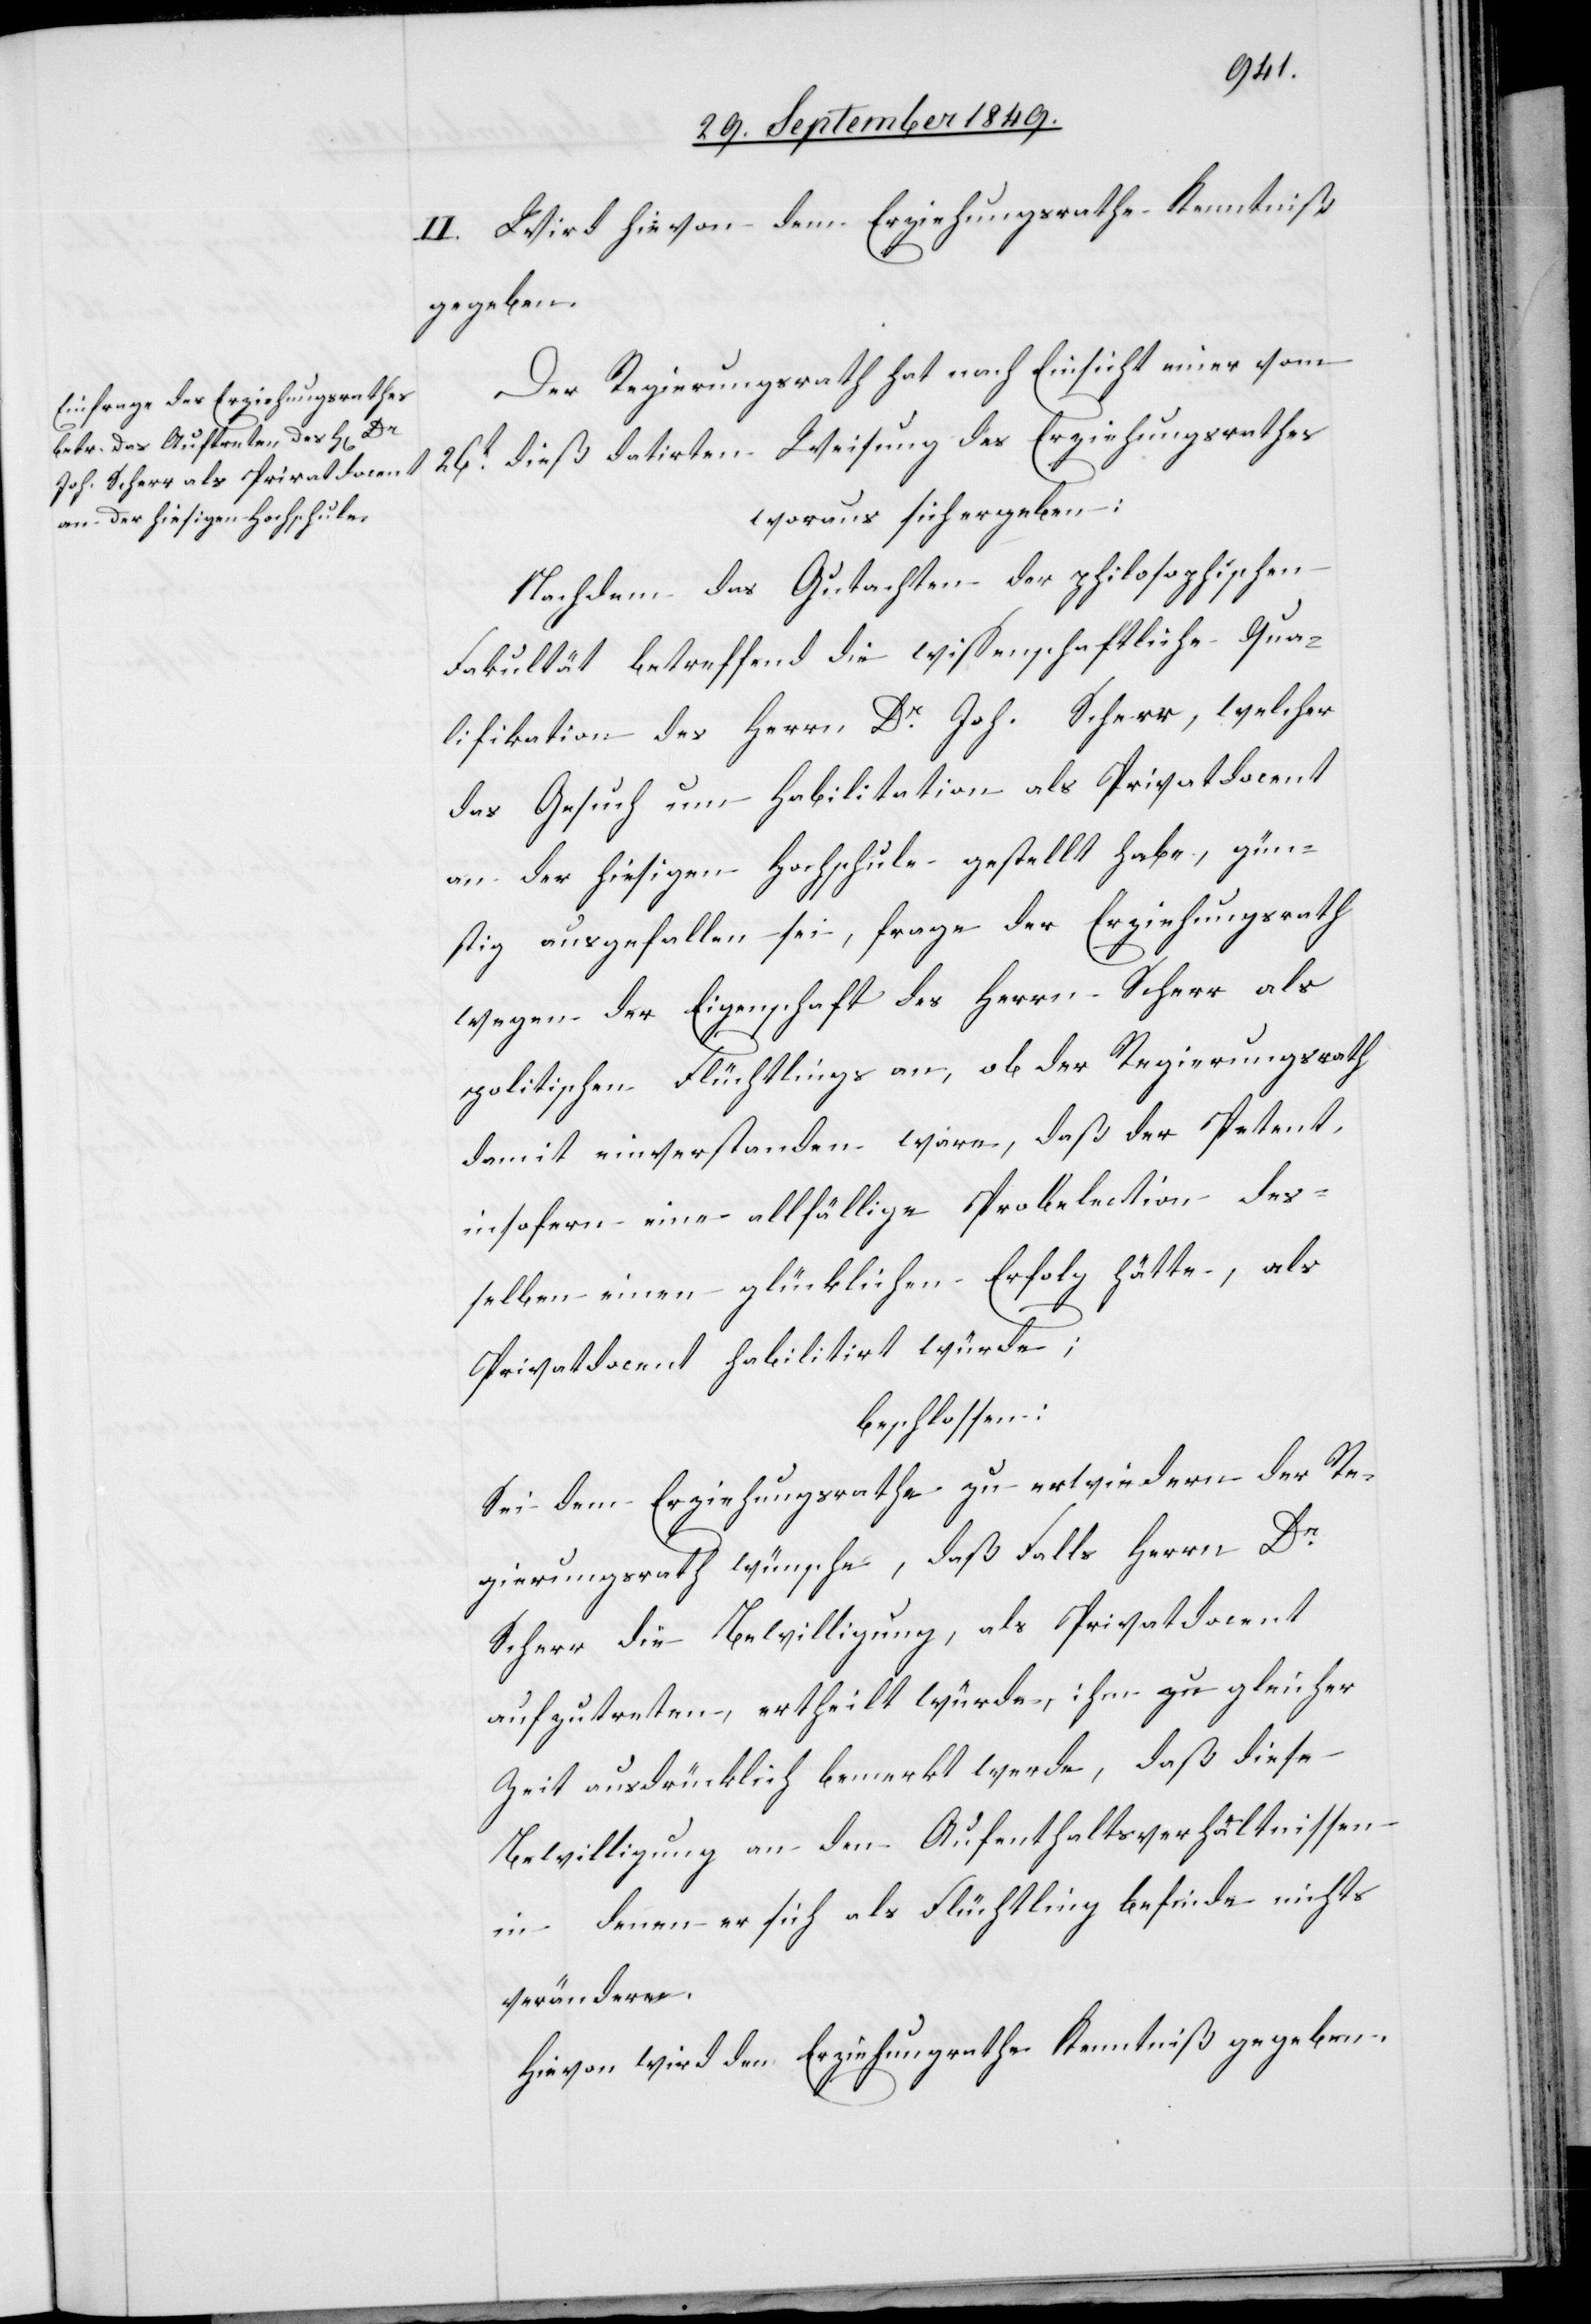
II. Wird hievon dem Erziehungsrathe Kenntniß
gegeben.
Der Regierungsrath hat nach Einsicht einer vom
26t dieß datirten Weisung des Erziehungsrathes
woraus sich ergeben:
Nachdem das Gutachten der philosophischen
Fakultät betreffend die wissenschaftliche Qua¬
lifikation des Herrn Dr Joh. Scherr, welcher
das Gesuch um Habilitation als Privatdocent
an der hiesigen Hochschule gestellt habe, gün¬
stig ausgefallen sei frage der Erziehungsrath
wegen der Eigenschaft des Herrn Scherr als
politischen Flüchtlings an, ob der Regierungsrath
damit einverstanden wäre, daß der Petent
insofern eine allfällige Probelection des¬
selben einen glücklichen Erfolg hätte, als
Privatdocent habilitirt würde;
beschlossen:
Sei dem Erziehungsrathe zu erwiedern der Re¬
gierungsrath wünsche, daß Falls Herrn Dr
Scherr die Bewilligung, als Privatdocent
aufzutreten, ertheilt würde, ihm zu gleicher
Zeit ausdrücklich bemerkt werde, daß diese
Bewilligung an den Aufenthaltsverhältnissen
in denen er sich als Flüchtling nichts
verändere.
Hievon wird dem Erziehungsrathe Kenntniß gegeben.